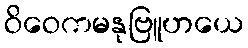
ဝိဝေကမနုဗြူဟယေ